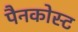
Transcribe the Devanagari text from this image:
पैनकोस्ट